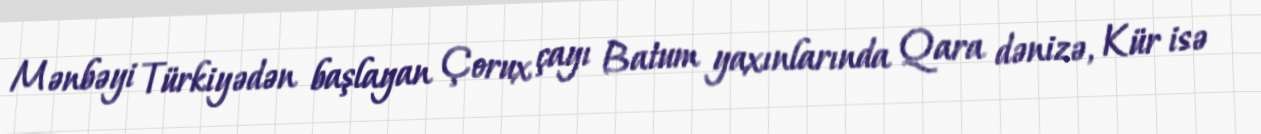
Mənbəyi Türkiyədən başlayan Çorux çayı Batum yaxınlarında Qara dənizə, Kür isə